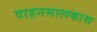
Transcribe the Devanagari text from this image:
वाहनमालकास